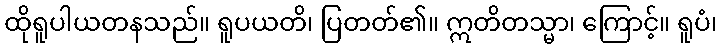
ထိုရူပါယတနသည်။ ရူပယတိ၊ ပြတတ်၏။ ဣတိတသ္မာ၊ ကြောင့်။ ရူပံ၊